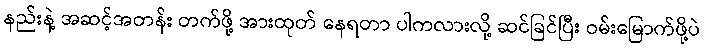
နည်းနဲ့ အဆင့်အတန်း တက်ဖို့ အားထုတ် နေရတာ ပါကလားလို့ ဆင်ခြင်ပြီး ဝမ်းမြောက်ဖို့ပဲ